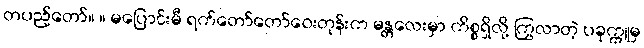
တပည့်တော်။ ။ မပြောင်းမီ ရက်တော်တော်ဝေးတုန်းက မန္တလေးမှာ ကိစ္စရှိလို့ ကြွလာတဲ့ ပခုက္ကူမှ